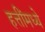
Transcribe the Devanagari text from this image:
हत्तींमध्ये